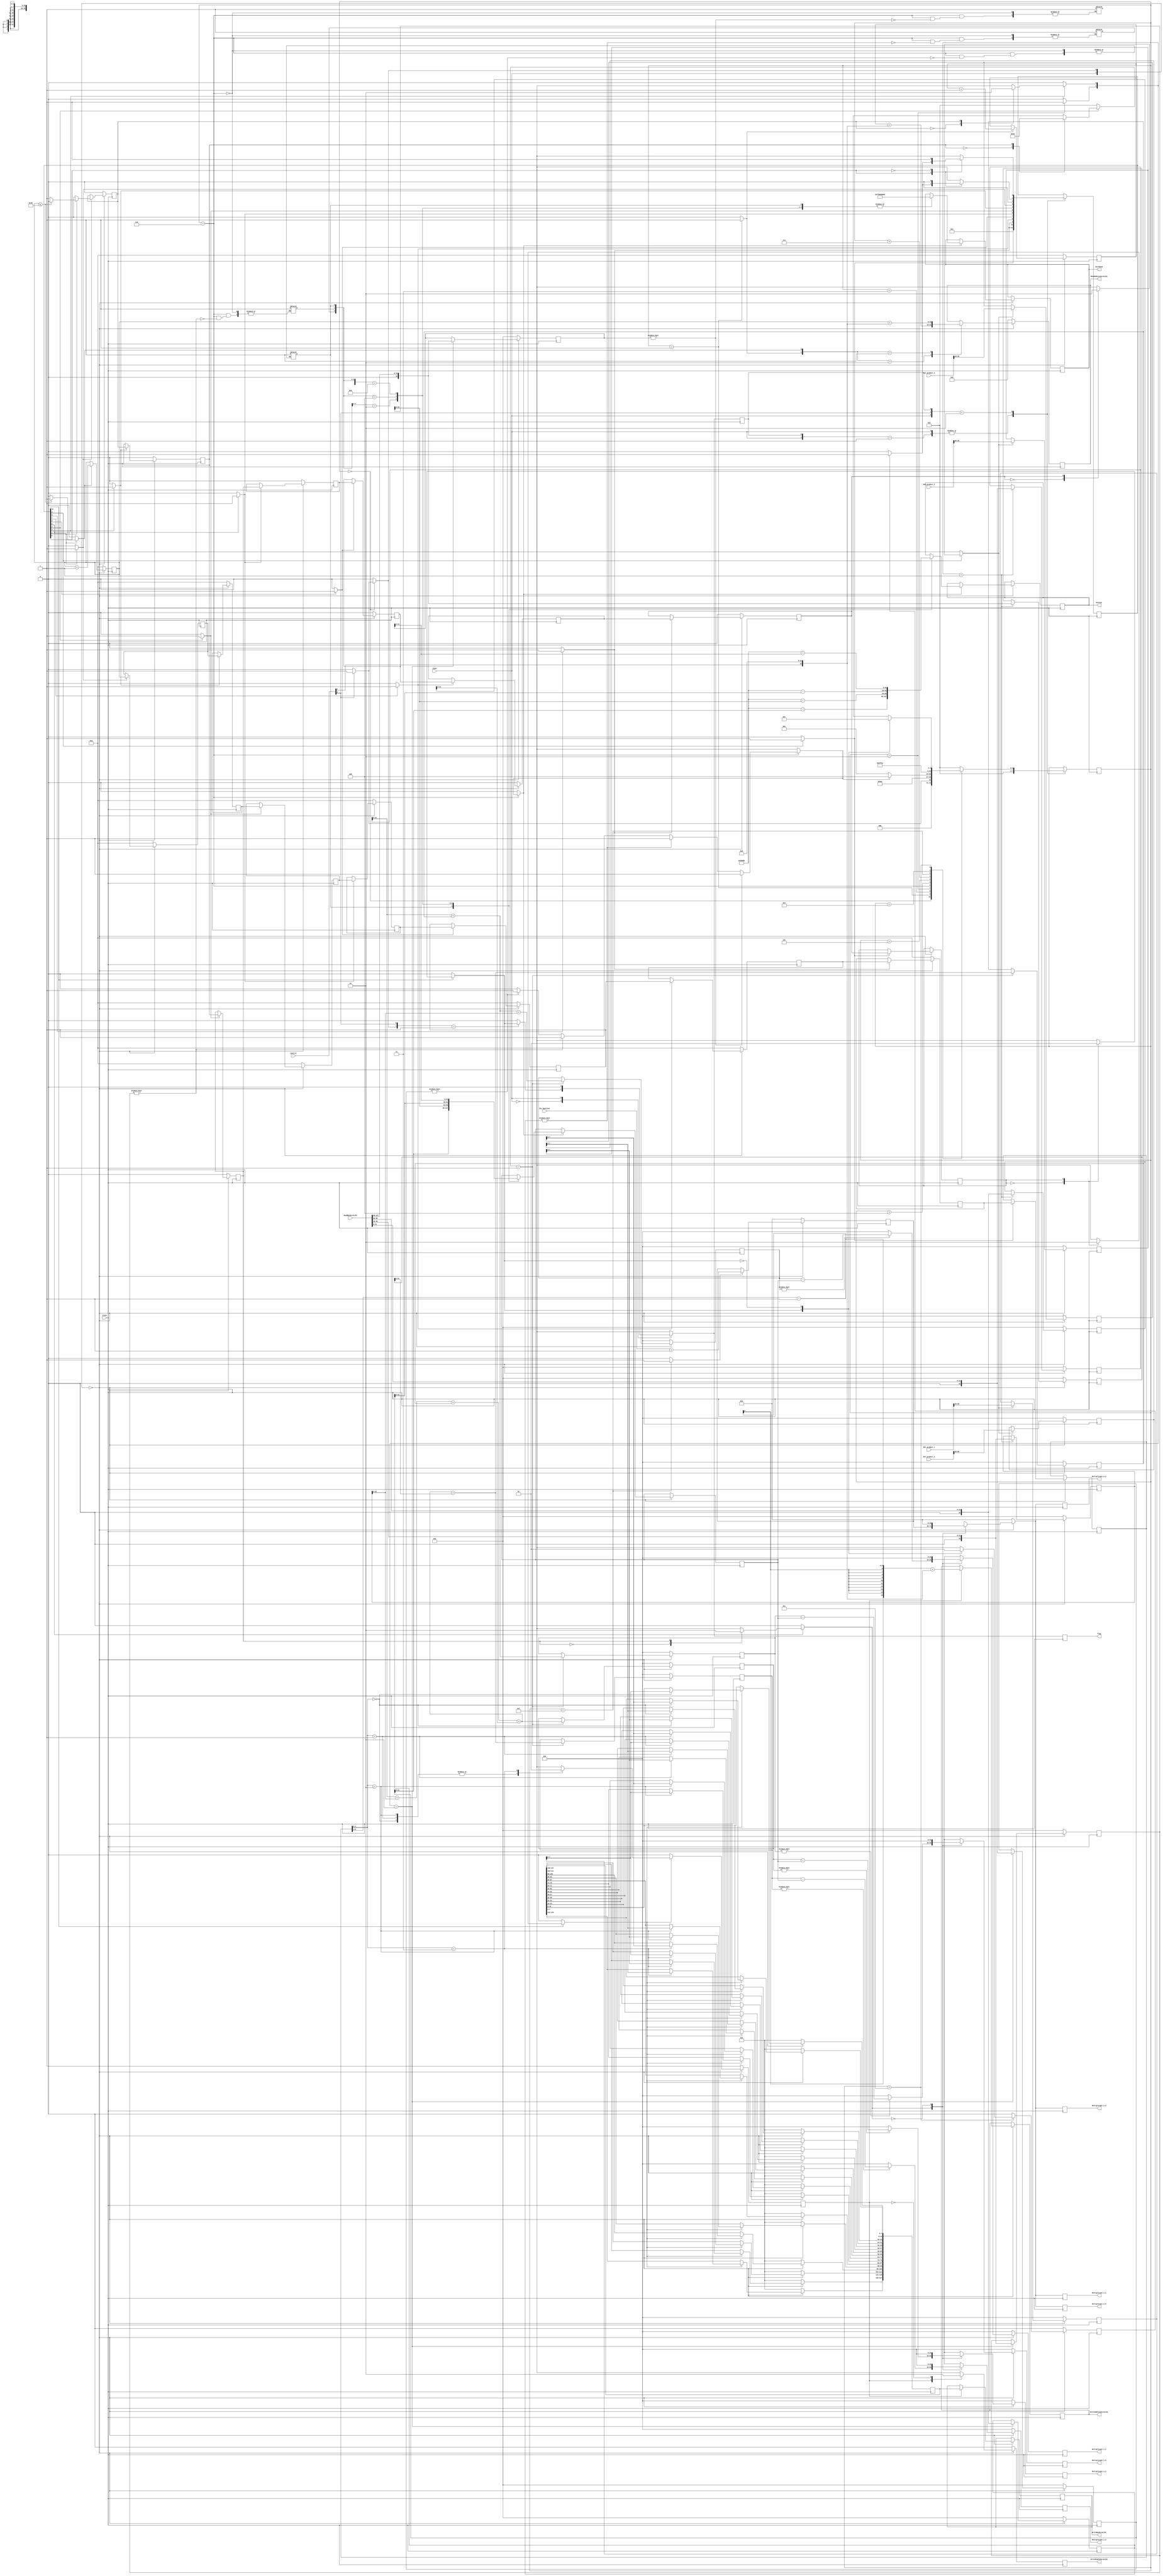
/*************************************
*
* NAME:  Equalizer
*
* DESCRIPTION:
*  Equalizer
*
* NOTES:
*
* REVISION HISTORY*
*  Revision     Date       Programmer    Description
*  4.0          04/03/2014  SK15,DN     With Pipelined FSM 
*                                        Considering 16 pixel read
*M*****************************************/
`define AddressSize 16
`define AddressSizeMinusOne 15
`define DataBusSize 127
`define NumStates   10 
`define Shift       28  


/*=============================Declarations===============================*/




module Equalizer #(
/*-----------------------------Parameters---------------------------------*/

parameter [`AddressSize-2:0]       EquBaseAddress     = 0,                         /* Starting address for Image             */
parameter [`AddressSize-2:0]       CountBaseAddress   = 0,                         /* Starting address for Counters          */
parameter [`NumStates:0]           p_State0           = `NumStates'b0000000001,      /* Known Reset State                      */
parameter                          NumCounterVals     = 256,                       /* Number of Values a Pixel can take: 2^8 */
parameter                          L                  = 8'd255,
parameter                          NxM                = 32'd307200,
parameter [3:0]                    State0             = 4'b0000,                     /* State 0 */
parameter [3:0]                    State1             = 4'b0001,                     /* State 1 */
parameter [3:0]                    State2             = 4'b0011,                     /* State 2 */
parameter [3:0]                    State3             = 4'b0010,                     /* State 3 */
parameter [3:0]                    State4             = 4'b0110,                     /* State 4 */
parameter [3:0]                    State5             = 4'b0100,                     /* State 5 */
parameter [3:0]                    State6             = 4'b0101,                     /* State 6 */
parameter [3:0]                    State7             = 4'b0111,                     /* State 7 */
parameter [3:0]                    State8             = 4'b1111,
parameter [3:0]                    State9             = 4'b1110,
parameter [3:0]                    State10            = 4'b1100
)                   

(clock, reset, Control, ReadBusScratch1, Mul_product_0, Mul_product_1, Mul_product_2, Mul_product_3, Div_quotient, 
                ReadAddressScratch1, WriteAddressScratch2,WriteBusScratch2,WriteEnableScratch2,flag, Dividend, Divisor,
                Multiplicant_1_0, Multiplicant_1_1, Multiplicant_1_2, Multiplicant_1_3,
                Multiplicant_2_0, Multiplicant_2_1, Multiplicant_2_2, Multiplicant_2_3);

/*-------------------------------Inputs-----------------------------------*/

input                    clock;             /* clock                     */
input [`DataBusSize:0]   ReadBusScratch1;   /* Read Bus for Scratch SRAM */
input                    reset;             /* reset                     */
input [1:0]              Control;           /* Input from control block  */
input [(`Shift+8+31):0]  Mul_product_0;
input [(`Shift+8+31):0]  Mul_product_1;
input [(`Shift+8+31):0]  Mul_product_2;
input [(`Shift+8+31):0]  Mul_product_3;
input [`Shift+7:0]       Div_quotient;
                      
/*------------------------------Outputs----------------------------------*/


output [`AddressSizeMinusOne:0] ReadAddressScratch1;    /* Read Address Bus for Scratch SRAM  */    
output [`AddressSizeMinusOne:0] WriteAddressScratch2;   /* Write Address Bus for Scratch SRAM */
output [`DataBusSize:0]         WriteBusScratch2;       /* Write Bus for Scratch SRAM         */
output                          WriteEnableScratch2;    /* Write Enable line for Scratch SRAM */ 
output                          flag; 
output [`Shift+7:0]             Dividend;
output [31:0]                   Divisor;
output [31:0]                   Multiplicant_1_0;
output [31:0]                   Multiplicant_1_1;
output [31:0]                   Multiplicant_1_2;
output [31:0]                   Multiplicant_1_3;
output [`Shift+7:0]             Multiplicant_2_0;
output [`Shift+7:0]             Multiplicant_2_1;
output [`Shift+7:0]             Multiplicant_2_2;
output [`Shift+7:0]             Multiplicant_2_3;

 
/*-------------------------Nets and Registers-----------------------------*/

reg                   Clear;                                     /* Internal Clear Flag                  */
reg                   Stop;
reg                   Completeflag;
reg                   Completeflag_State[0:`NumStates];


reg [6:0]             BucketCount;
reg [6:0]             BucketCount_State[0:`NumStates];            /* Counter up to Total Number of Buckets*/
reg [`NumStates:0]    BucketInc_State;
reg                   BucketInc;
reg                   BucketIncReg;
reg                   BucketReset;

reg [31:0]            EquValue0_State [0:`NumStates]; 
reg [31:0]            EquValue1_State [0:`NumStates]; 
reg [31:0]            EquValue2_State [0:`NumStates]; 
reg [31:0]            EquValue3_State [0:`NumStates];
reg                   StoreEquFlag;
   
reg                   WriteEqu;
reg                   WriteEquFinal;
reg                   TempWriteEquFlag;

reg [31:0]            CDFPrev;
reg [7:0]             CDFMinPos;  
reg [31:0]            CDF0_State [0:`NumStates];
reg [31:0]            CDF1_State [0:`NumStates];
reg [31:0]            CDF2_State [0:`NumStates];
reg [31:0]            CDF3_State [0:`NumStates];
reg                   StoreCDF_State [0:`NumStates];                  
reg [3:0]             CDFMinFlag;                                /* CDFmin found Flag  */

/*Count Register*/
reg [32:0]            CountRegister_0_State[0:`NumStates];  
reg [32:0]            CountRegister_1_State[0:`NumStates];        
reg [32:0]            CountRegister_2_State[0:`NumStates];
reg [32:0]            CountRegister_3_State[0:`NumStates];
reg [32:0]            CountRegister[0:3];
reg [`NumStates:0]    CountStore_State;

reg [3:0]             State;                                     /* Current State                        */ 
reg [3:0]             Next_State;                                /* Next State                           */
reg [`NumStates:0]    Pipelined_State;                           /* Pipelined States                     */
reg [`NumStates:0]    Pipelined_NextState;                       /* Pipelined Next States                */

reg [`Shift+7:0]      Constant; 
reg [31:0]            Const_CDFMin;
reg                   ConstCalcFlag;
reg                   ConstDivFlag;
reg                   ConstStoreFlag;

reg                   Pipelined;           
reg                   PipelineStart;                        /* Start The Pipeline                   */ 
reg                   CountStore;                           /* Pixel Value Counter Flag             */       


reg [`DataBusSize:0]   TempWriteBusScratch2;                /* Temporary Write Bus for Scratch2 SRAM*/
reg                    Scratch1AddressFlag;
reg                    Scratch1AddressFlagReg;
reg [`AddressSize-1:0] ReadAddressScratch1;                 /* Read Address Bus for Scratch SRAM  */    
reg [`AddressSize-1:0] WriteAddressScratch2;                /* Write Address Bus for Scratch SRAM */
reg [`DataBusSize:0]   WriteBusScratch2;                    /* Write Bus for Scratch SRAM         */
reg                    WriteEnableScratch2;                 /* Write Enable line for Scratch SRAM */

reg                           CalculateMulFlag;
reg  [3:0]                    CalculateCDFFlag;
wire [4:0]                    Mul_Seq_Flag;

wire                          Div_Seq_Flag;
reg [`Shift+7:0]              Dividend;
reg [31:0]                    Divisor;
reg [31:0]                    Multiplicant_1_0;
reg [31:0]                    Multiplicant_1_1;
reg [31:0]                    Multiplicant_1_2;
reg [31:0]                    Multiplicant_1_3;
reg [`Shift+7:0]              Multiplicant_2_0;
reg [`Shift+7:0]              Multiplicant_2_1;
reg [`Shift+7:0]              Multiplicant_2_2;
reg [`Shift+7:0]              Multiplicant_2_3;
reg                           flag;                                 /* Completion state flag to Control   */ 
 
/*----------------------------Wires---------------------------------------*/


/*---------------------------Integer---------------------------------------*/
integer i;

/*-------------------------Modules----------------------------------------*/



/*=============================Functions==================================*/
task constant_mul;
input [31:0] CDFMin;
begin
    Const_CDFMin      = CDFMin;
    Dividend          = (L)<<`Shift;
    Divisor           = (NxM - CDFMin);
end
endtask

/*=============================Flip-Flops=================================*/


/*-------------------------------State------------------------------------*/
always@(posedge clock)
begin
    casex({reset,Control[0],Stop})
        3'b1xx:   
             State <= State0;
        3'b0x1:
             State <= State0;
        3'b001:
             State <= State0;
        3'b010:
             State <= Next_State;
    endcase
end

/*----------------------- Pipelined Reset State------------------------------------*/

always@(posedge clock)
begin
    casex({reset,Control[0],Stop})
        3'b1xx:   
             Pipelined_State <= p_State0;
        3'b0x1:
             Pipelined_State <= p_State0;
        3'b001:
             Pipelined_State <= p_State0;
        3'b010:
             Pipelined_State <= Pipelined_NextState;
    endcase
end


always@(posedge clock)
begin
casex({reset,Clear})
    2'b00:
    casex(CalculateCDFFlag)
        1'b1:
        begin
            CDF0_State[4] <=  CountRegister_0_State[3] + CDFPrev;
            CDF1_State[4] <=  CountRegister_0_State[3] + CDFPrev + CountRegister_1_State[3];
            CDF2_State[4] <=  CountRegister_0_State[3] + CountRegister_1_State[3] + CDFPrev + CountRegister_2_State[3];
            CDF3_State[4] <=  CountRegister_0_State[3] + CountRegister_1_State[3] + CDFPrev + CountRegister_2_State[3] + CountRegister_3_State[3];
            CDFPrev       <=  CountRegister_0_State[3] + CountRegister_1_State[3] + CDFPrev + CountRegister_2_State[3] + CountRegister_3_State[3];
        end
    endcase
    default:
        begin
            CDF0_State[4] <= 32'b0;
            CDF1_State[4] <= 32'b0;
            CDF2_State[4] <= 32'b0;
            CDF3_State[4] <= 32'b0;
            CDFPrev       <= 32'b0;
        end
endcase
end



/*---------------------- Store Current Counter Values-----------------------*/    

always@(posedge clock)
begin
casex({reset,Clear})
    2'b00:
    begin
        casex({CountStore,CountStore_State[3]})
            2'b10:
                begin
                    CountRegister[0] <= ReadBusScratch1[31:0];
                    CountRegister[1] <= ReadBusScratch1[63:32];
                    CountRegister[2] <= ReadBusScratch1[95:64];
                    CountRegister[3] <= ReadBusScratch1[127:96];
                end                
            2'b01:
                begin
                    CountRegister_0_State[3] <= ReadBusScratch1[31:0];
                    CountRegister_1_State[3] <= ReadBusScratch1[63:32];
                    CountRegister_2_State[3] <= ReadBusScratch1[95:64];
                    CountRegister_3_State[3] <= ReadBusScratch1[127:96];
                end
        endcase
    end
    default:
    begin
        for(i=0;i<4;i=i+1)
            CountRegister[i] <= 32'b0;
        CountRegister_0_State[3] <= 32'b0;
        CountRegister_1_State[3] <= 32'b0;
        CountRegister_2_State[3] <= 32'b0;
        CountRegister_3_State[3] <= 32'b0;
    end
endcase
end



/*---------------------- Store State Registers---------------------------*/
always@(posedge clock)
begin
casex({reset,Clear})
    2'b00:
    begin
        casex(Pipelined_NextState[3])
            1'b1:
            begin
                BucketCount_State[3]  <= BucketCount_State[1];
                Completeflag_State[3] <= Completeflag_State[1];
            end       
        endcase
        casex(Pipelined_NextState[4])
            1'b1:
            begin
                BucketCount_State[4]     <= BucketCount_State[3];
                CountRegister_0_State[4] <= CountRegister_0_State[3];
                CountRegister_1_State[4] <= CountRegister_1_State[3];
                CountRegister_2_State[4] <= CountRegister_2_State[3];
                CountRegister_3_State[4] <= CountRegister_3_State[3];
                Completeflag_State[4]    <= Completeflag_State[3];
            end       
        endcase
        casex(Pipelined_NextState[5])
            1'b1:
            begin
                BucketCount_State[5]     <= BucketCount_State[4];
                CDF0_State [5]           <= CDF0_State[4];
                CDF1_State [5]           <= CDF1_State[4];
                CDF2_State [5]           <= CDF2_State[4];
                CDF3_State [5]           <= CDF3_State[4];
                Completeflag_State[5]    <= Completeflag_State[4];
            end       
        endcase
        casex(Pipelined_NextState[6])
            1'b1:
            begin
                BucketCount_State[6]  <= BucketCount_State[5];
                Completeflag_State[6] <= Completeflag_State[5];
            end       
        endcase
        casex(Pipelined_NextState[7])
            1'b1:
            begin
                BucketCount_State[7]  <= BucketCount_State[6];
                Completeflag_State[7] <= Completeflag_State[6];
            end       
        endcase
        casex(Pipelined_NextState[8])
            1'b1:
            begin
                BucketCount_State[8]  <=  BucketCount_State[7];
                Completeflag_State[8] <= Completeflag_State[7];
            end       
        endcase
        casex(Pipelined_NextState[9])
            1'b1:
            begin
                BucketCount_State[9]  <= BucketCount_State[8];
                Completeflag_State[9] <= Completeflag_State[8];
            end       
        endcase
        casex(Pipelined_NextState[10])
            1'b1: 
            begin 
                BucketCount_State [10]    <= BucketCount_State [9];
                EquValue0_State   [10]    <= EquValue0_State   [9];
                EquValue1_State   [10]    <= EquValue1_State   [9];
                EquValue2_State   [10]    <= EquValue2_State   [9];
                EquValue3_State   [10]    <= EquValue3_State   [9];
                Completeflag_State[10]    <= Completeflag_State[9];
            end       
        endcase
    end
    default:
        begin
            for(i=2;i<10;i=i+1)
            begin
                BucketCount_State[i]     <= 8'b0;
                Completeflag_State[i]    <= 1'b0;
            end
            CDF0_State[5]            <= 32'b0;
            CDF1_State[5]            <= 32'b0;
            CDF2_State[5]            <= 32'b0;
            CDF3_State[5]            <= 32'b0;
            EquValue0_State[10]      <= 32'b0;
            EquValue1_State[10]      <= 32'b0;
            EquValue2_State[10]      <= 32'b0;
            EquValue3_State[10]      <= 32'b0;
            CountRegister_0_State[4] <= 32'b0;
            CountRegister_1_State[4] <= 32'b0;
            CountRegister_2_State[4] <= 32'b0;
            CountRegister_3_State[4] <= 32'b0;
            
        end
endcase
end


/*-------------------- Modify Bucket Count-------------------------------*/

always@(posedge clock)
begin
casex({reset,Clear})
    2'b00:
    begin
    casex({BucketInc})
        1'b1:
            BucketCount <= BucketCount + 1'b1;
    endcase
    casex(BucketInc_State[1])
        1'b1:
            BucketCount_State[1] <= BucketCount_State[1] + 1'b1;
    endcase
    end
    default:
    begin
        BucketCount <= 6'b0;
        BucketCount_State[1] <= 6'b0;
    end
endcase
end

/*-------------------- Multiplier -------------------------------*/

always@(posedge clock)
begin
casex({reset,Clear})
    2'b00:
    casex(CalculateMulFlag)
        1'b1:
        begin
            if(CDF0_State[4]!=0)
                Multiplicant_1_0   <= CDF0_State[4]-Const_CDFMin;
            else
                Multiplicant_1_0   <= 100'b0; 

            if(CDF1_State[4]!=0)
                Multiplicant_1_1   <= CDF1_State[4]-Const_CDFMin;
            else
                Multiplicant_1_1   <= 100'b0;

            if(CDF2_State[4]!=0)
                Multiplicant_1_2   <= CDF2_State[4]-Const_CDFMin;
            else
                Multiplicant_1_2   <= 100'b0;

            if(CDF3_State[4]!=0)
                Multiplicant_1_3   <= CDF3_State[4]-Const_CDFMin;
            else
                Multiplicant_1_3   <= 100'b0;

          Multiplicant_2_0 <= Constant;
          Multiplicant_2_1 <= Constant;
          Multiplicant_2_2 <= Constant;
          Multiplicant_2_3 <= Constant;
        end
        1'b0:
        begin
            Multiplicant_1_0 <= 100'b0;
            Multiplicant_1_1 <= 100'b0;
            Multiplicant_1_2 <= 100'b0;
            Multiplicant_1_3 <= 100'b0;
            Multiplicant_2_0 <= 100'b0;
            Multiplicant_2_1 <= 100'b0;
            Multiplicant_2_2 <= 100'b0;
            Multiplicant_2_3 <= 100'b0;
        end 
    endcase
    default:
    begin
    Multiplicant_1_0 <= 100'b0;
    Multiplicant_1_1 <= 100'b0;
    Multiplicant_1_2 <= 100'b0;
    Multiplicant_1_3 <= 100'b0;
    Multiplicant_2_0 <= 100'b0;
    Multiplicant_2_1 <= 100'b0;
    Multiplicant_2_2 <= 100'b0;
    Multiplicant_2_3 <= 100'b0;   
    end    
endcase
end

/*----------------------Equalized Values------------------------------*/

always@(posedge clock)
begin
casex({reset,Clear})
    2'b00:
    casex(StoreEquFlag)
        1'b1:
        begin
            EquValue0_State[9]   <= (Mul_product_0)>>`Shift;
            EquValue1_State[9]   <= (Mul_product_1)>>`Shift;
            EquValue2_State[9]   <= (Mul_product_2)>>`Shift;
            EquValue3_State[9]   <= (Mul_product_3)>>`Shift;
        end
    endcase 
    default:
    begin 
        EquValue0_State[9] <= 32'b0;
        EquValue1_State[9] <= 32'b0;
        EquValue2_State[9] <= 32'b0;
        EquValue3_State[9] <= 32'b0;
    end    
endcase
end

/*------------------ Calculate Constant Value --------------------------*/

always@(posedge clock)
begin
casex({reset,Clear})
    2'b00:
        casex(ConstCalcFlag)
            1'b1:
                begin
                    casex(CDFMinFlag)
                        4'bxxx1:
                            begin   
                                 constant_mul(CountRegister[0]);
                                 CDFMinPos <= {BucketCount-1'b1,2'b00};
                            end
                        4'bxx10:
                            begin
                                 constant_mul(CountRegister[1]);
                                 CDFMinPos <= {BucketCount-1'b1,2'b01}; 
                            end
                        4'bx100:
                            begin
                                constant_mul(CountRegister[2]);
                                CDFMinPos <= {BucketCount-1'b1,2'b10};  
                            end
                        4'b1000:
                            begin
                                constant_mul(CountRegister[3]); 
                                CDFMinPos <= {BucketCount-1'b1,2'b11};
                            end
                    endcase
                end
        endcase
    default:
    begin
        CDFMinPos <= 8'b0;
    end    
endcase
end


/*------------------Store Const values ------------------------*/
always@(posedge clock)
begin
casex({reset,Clear})
    2'b00:
    casex({ConstDivFlag})
        1'b1:
        begin
            Constant <= (Div_quotient+1'b1);
        end
    endcase
    default:
    begin
        Constant      <=  100'b0;
    end
endcase
end

/*----------------Write to ReadAddressScratch1-----------------------*/

always@(posedge clock)
begin
casex({reset,Clear})
    2'b00:
    casex({Scratch1AddressFlag,Scratch1AddressFlagReg})
        2'b10: ReadAddressScratch1 <= BucketCount          + {Control[1],CountBaseAddress};
        2'b01: ReadAddressScratch1 <= BucketCount_State[1] + {Control[1],CountBaseAddress};
    endcase
    default:
    begin
        ReadAddressScratch1 <= 16'b0;
    end
endcase
end

/*----------------Completion Flag-----------------------*/

always@(posedge clock)
begin
casex(reset)
1'b0:
casex({Clear,Control[0]})
    2'b01:
    begin
    flag <= Completeflag;
    Stop <= Completeflag;
    end
    default:
    begin
    Stop <= 1'b0;
    flag <= 1'b0;
    end
endcase
1'b1:
begin
    flag <= 1'b0;
    Stop <= 1'b0;
end
endcase
end

/*----------------Start Pipeline-----------------------*/

always@(posedge clock)
begin
casex({reset,Clear})
    2'b00:
    PipelineStart <= Pipelined;
    default:
    begin
    PipelineStart <= 1'b0;
    end
endcase
end

/*------------------ Temp Write Equ value ------------------------*/

always@(posedge clock)
begin
casex({reset,Clear})
    2'b00:
    casex({TempWriteEquFlag})
    1'b1:
            begin
             casex(BucketCount_State[10][1:0])
             2'b00:
                begin
                    TempWriteBusScratch2[7: 0]  <= EquValue0_State[9];
                    TempWriteBusScratch2[15:8]  <= EquValue1_State[9];
                    TempWriteBusScratch2[23:16] <= EquValue2_State[9];
                    TempWriteBusScratch2[31:24] <= EquValue3_State[9];
                    WriteEquFinal <= 1'b0;
                end
             2'b01:
                begin
                    TempWriteBusScratch2[39:32] <= EquValue0_State[9];
                    TempWriteBusScratch2[47:40] <= EquValue1_State[9];
                    TempWriteBusScratch2[55:48] <= EquValue2_State[9];
                    TempWriteBusScratch2[63:56] <= EquValue3_State[9];
                    WriteEquFinal <= 1'b0;
                end
             2'b10:
                begin
                    TempWriteBusScratch2[71:64] <= EquValue0_State[9];
                    TempWriteBusScratch2[79:72] <= EquValue1_State[9];
                    TempWriteBusScratch2[87:80] <= EquValue2_State[9];
                    TempWriteBusScratch2[95:88] <= EquValue3_State[9];
                    WriteEquFinal <= 1'b0;
                end
             2'b11:
                begin
                    TempWriteBusScratch2[103:96]  <= EquValue0_State[9];
                    TempWriteBusScratch2[111:104] <= EquValue1_State[9];
                    TempWriteBusScratch2[119:112] <= EquValue2_State[9];
                    TempWriteBusScratch2[127:120] <= EquValue3_State[9];
                    WriteEquFinal                 <= 1'b1;
                end
             endcase
            end
    default:
        WriteEquFinal <= 1'b0;
    endcase
    default:
    begin
        TempWriteBusScratch2 <= 128'b0;
        WriteEquFinal <= 1'b1;
    end
endcase
end

/*------------------ Write Counter values ------------------------*/

always@(posedge clock)
begin
  casex({reset,Clear})
    2'b00:
      casex({WriteEquFinal})
        1'b1:
        begin
            WriteAddressScratch2  <=  ((BucketCount_State[10]>>2)-1'b1) + {Control[1],EquBaseAddress};
            WriteBusScratch2      <=  TempWriteBusScratch2;
            WriteEnableScratch2   <=  1'b1;
        end
        1'b0: WriteEnableScratch2     <=  1'b0;
      endcase
    default: WriteEnableScratch2     <=  1'b0;
  endcase
end


/*--------------------------Pipelined States-------------------------------*/

/*-------------------------------State 0-----------------------------------*/


always@(*)
begin
Pipelined_NextState[0] = 1'b1;
Pipelined_NextState[2] = 1'b0;
    casex(Pipelined_State[0])
        1'b1:
            begin 
            $display("Pipelined_State 0");
            casex(PipelineStart)
                1'b1:
                begin
                    Pipelined_NextState[1] = 1'b1;
                end
                default :
                begin
                    Pipelined_NextState[1] = 1'b0;
                    Pipelined_NextState[0] = 1'b0;
                end
            endcase
            end
        1'b0:
        begin
            Pipelined_NextState[1] =1'b0;
        end
    endcase
end 

/*-------------------------------State 1-----------------------------------*/

always@(*) 
begin
    casex(Pipelined_State[1])
        1'b1:
            begin
             $display("Pipelined_State 1");
            if(BucketCount_State[1] <= (NumCounterVals>>2))
            begin
                Scratch1AddressFlagReg  = 1'b1;
                BucketInc_State[1]      = 1'b1;
                Pipelined_NextState[3]  = 1'b1;               
                Completeflag_State[1]   = 1'b0;
            end
            else 
            begin
                Scratch1AddressFlagReg  = 1'b0;
                BucketInc_State[1]      = 1'b0;
                Completeflag_State[1]   = 1'b1;
                Pipelined_NextState[3]  = 1'b1;     
            end
           end
        default:
            begin
                Scratch1AddressFlagReg    = 1'b0;
                BucketInc_State[1]        = 1'b0;
                Pipelined_NextState[3]    = 1'b0;
                Completeflag_State[1]     = 1'b0;
            end
    endcase
end

/*-------------------------------State 2-----------------------------------*/


/*-------------------------------State 3-----------------------------------*/
always@(*)
begin
    casex(Pipelined_State[3])
        1'b1:
            begin
            $display("Pipelined_State 3");
            casex(Completeflag_State[3])
            1'b0:
            begin
                CountStore_State[3]    = 1'b1;
            end
            1'b1:
                CountStore_State[3]    = 1'b0;
            endcase
            Pipelined_NextState[4] = 1'b1;
            end
        default:
            begin
                CountStore_State[3]    = 1'b0;
                Pipelined_NextState[4] = 1'b0;
            end
    endcase
end

/*-------------------------------State 4-----------------------------------*/
always@(*)
begin
casex(Pipelined_State[4])
    1'b1:
        begin
        $display("Pipelined_State 4");
        casex(Completeflag_State[4])
        1'b0:
            begin
                CalculateCDFFlag = 1'b1;       
            end
        1'b1:
        begin
            CalculateCDFFlag = 1'b0;  
        end
        endcase
        Pipelined_NextState[5] = 1'b1;
        end
    default:
        begin
            CalculateCDFFlag = 1'b0;  
            Pipelined_NextState[5] = 1'b0;
        end
endcase
end

/*-------------------------------State 5-----------------------------------*/
always@(*)
begin
casex(Pipelined_State[5])
    1'b1:
        begin
        $display("Pipelined_State 5");
        casex(Completeflag_State[5])
        1'b0:
        begin
            CalculateMulFlag  = 1'b1;  
        end
        1'b1:
            CalculateMulFlag = 1'b0;
        endcase
        Pipelined_NextState[6] = 1'b1;
        end
    default:
        begin
            Pipelined_NextState[6] = 1'b0;
            CalculateMulFlag = 1'b0;
        end
endcase
end

/*-------------------------------State 6-----------------------------------*/
always@(*)
begin
    casex(Pipelined_State[6])
        1'b1:
            begin
                $display("Pipelined_State 6");
                Pipelined_NextState[7] = 1'b1;
            end
        default:
            begin
                Pipelined_NextState[7] = 1'b0;
            end
    endcase
end

/*-------------------------------State 7-----------------------------------*/
always@(*)
begin
    casex(Pipelined_State[7])
        1'b1:
            begin
                $display("Pipelined_State 7");
                Pipelined_NextState[8] = 1'b1;
            end
        default:
            begin
                Pipelined_NextState[8] = 1'b0;
            end
    endcase
end

/*-------------------------------State 8-----------------------------------*/
always@(*)
begin
    casex(Pipelined_State[8])
        1'b1:
            begin
                 $display("Pipelined_State 8");
                Pipelined_NextState[9] = 1'b1;
            end
        default:
            begin
                Pipelined_NextState[9] = 1'b0;
            end
    endcase
end


/*-------------------------------State 9-----------------------------------*/
always@(*)
begin
casex(Pipelined_State[9])
    1'b1:
        begin
        $display("Pipelined_State 9");
        casex(Completeflag_State[9])
        1'b0:
        begin
            StoreEquFlag  = 1'b1;  
        end
        1'b1:
            StoreEquFlag = 1'b0;
        endcase
        Pipelined_NextState[10] = 1'b1;
        end
    default:
        begin
            StoreEquFlag  = 1'b0;
            Pipelined_NextState[10] = 1'b0;
        end
endcase
end

/*-------------------------------State 10-----------------------------------*/
always@(*)
begin
casex(Pipelined_State[10])
    1'b1:
        begin
        $display("Pipelined_State 10");
        casex(Completeflag_State[10])
        1'b0:
        begin
            Completeflag      = 1'b0;
            TempWriteEquFlag  = 1'b1;
        end
        1'b1:
        begin
            Completeflag      = 1'b1;
            TempWriteEquFlag  = 1'b0;
        end
        endcase 
        end
    default:
        begin
            Completeflag      = 1'b0;
            TempWriteEquFlag  = 1'b0; 
        end
endcase
end


/*=========================Combinational Logic============================*/


/*--------------------------PixelCounter Calc-----------------------------*/





/*---------------------------------FSM-----------------------------------*/

always@(*)
begin
ConstCalcFlag  = 1'b0;
BucketInc      = 1'b0;
BucketReset    = 1'b0;
ConstDivFlag   = 1'b0;
Pipelined      = 1'b0;
CountStore     = 1'b0;
ConstStoreFlag = 1'b0;
Scratch1AddressFlag = 1'b0;
Clear          = 1'b0;
Next_State     = State0;
casex(State)
/*-------------------------------State 0-----------------------------------*/
    State0:
    begin
         $display("FSM State0");
        casex(Control[0])
            1'b1:
            begin
                Next_State = State1;
                Clear      = 1'b1;
            end
            default :
            begin
                Next_State = State0;
                Clear      = 1'b0;
            end
        endcase
    end
/*-------------------------------State 1------------------------------------*/
    State1:
    begin
        $display("FSM State1");
        Scratch1AddressFlag  = 1'b1;
        Next_State           = State2;
        BucketInc            = 1'b1;
    end
/*-------------------------------State 2------------------------------------*/
    State2:
    begin
        $display("FSM State2");
        Next_State     = State3;
    end
/*-------------------------------State 3------------------------------------*/
    State3:
    begin
        $display("FSM State3");
        Next_State     = State4;
        CountStore      = 1'b1;
    end
/*-------------------------------State 4------------------------------------*/
    State4:
    begin
    $display("FSM State4");
    for(i=0;i<4;i=i+1)
    begin
        if(CountRegister[i] != 0)
            begin 
                CDFMinFlag[i] =  1'b1;
                ConstCalcFlag =  1'b1;
            end
    end
        if(ConstCalcFlag == 1'b1)
            Next_State  = State5;
        else
            Next_State  = State1;
    end
/*-------------------------------State 5------------------------------------*/
    State5:
    begin
        $display("FSM State5");
        Next_State     = State6;
    end
/*-------------------------------State 6------------------------------------*/
    State6:
    begin
        $display("FSM State6");
        Next_State     = State7;
    end
/*-------------------------------State 7------------------------------------*/
    State7:
    begin
        $display("FSM State7");
        Next_State     = State8;
    end

/*-------------------------------State 8------------------------------------*/
    State8:
    begin
    $display("FSM State8");
        begin  
            ConstDivFlag = 1'b1;
            Next_State   = State9;
        end 
    end
/*-------------------------------State 9------------------------------------*/  
    State9:
    begin
    $display("FSM State9");
            BucketReset     = 1'b1;  
            Next_State       = State10;            
    end
/*-----------------------------State 10------------------------------------*/
    State10:
    begin
    $display("FSM State10");
        casex(Completeflag)
        1'b1:
        begin
            Pipelined     = 1'b0;
            Next_State    = State0;
        end
        1'b0: 
        begin
            Pipelined      = 1'b1;
            Next_State     = State10;        
         end 
        endcase   
    end
endcase
end
endmodule